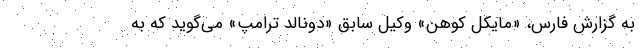
به گزارش فارس، «مایکل کوهن» وکیل سابق «دونالد ترامپ» می‌گوید که به